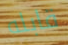
قابله